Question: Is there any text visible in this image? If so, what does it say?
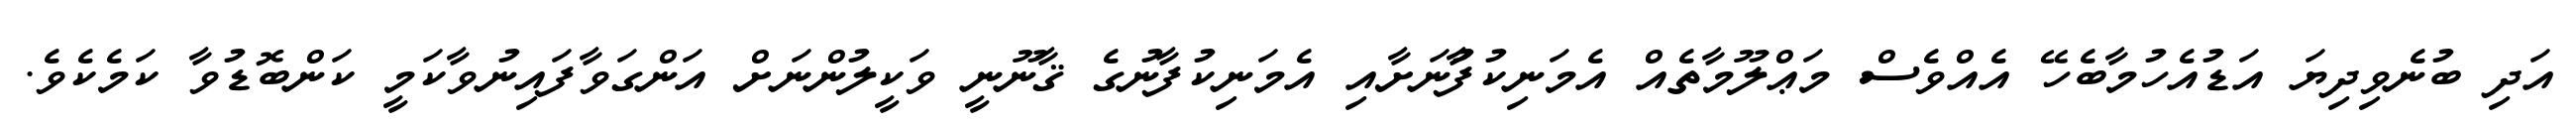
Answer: އަދި ބުނެވިދިޔަ އަޑުއެހުމާބެހޭ އެއްވެސް މަޢްލޫމާތެއް އެމަނިކުފާުނަށާއި އެމަނިކުފާނުގެ ޤާނޫނީ ވަކީލުންނަށް އަންގަވާފައިނުވާކަމީ ކަންބޮޑުވާ ކަމެކެވެ.